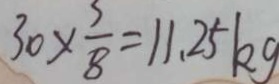
3 0 \times \frac { 3 } { 8 } = 1 1 . 2 5 k g